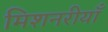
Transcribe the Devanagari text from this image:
मिशनरीयाँ